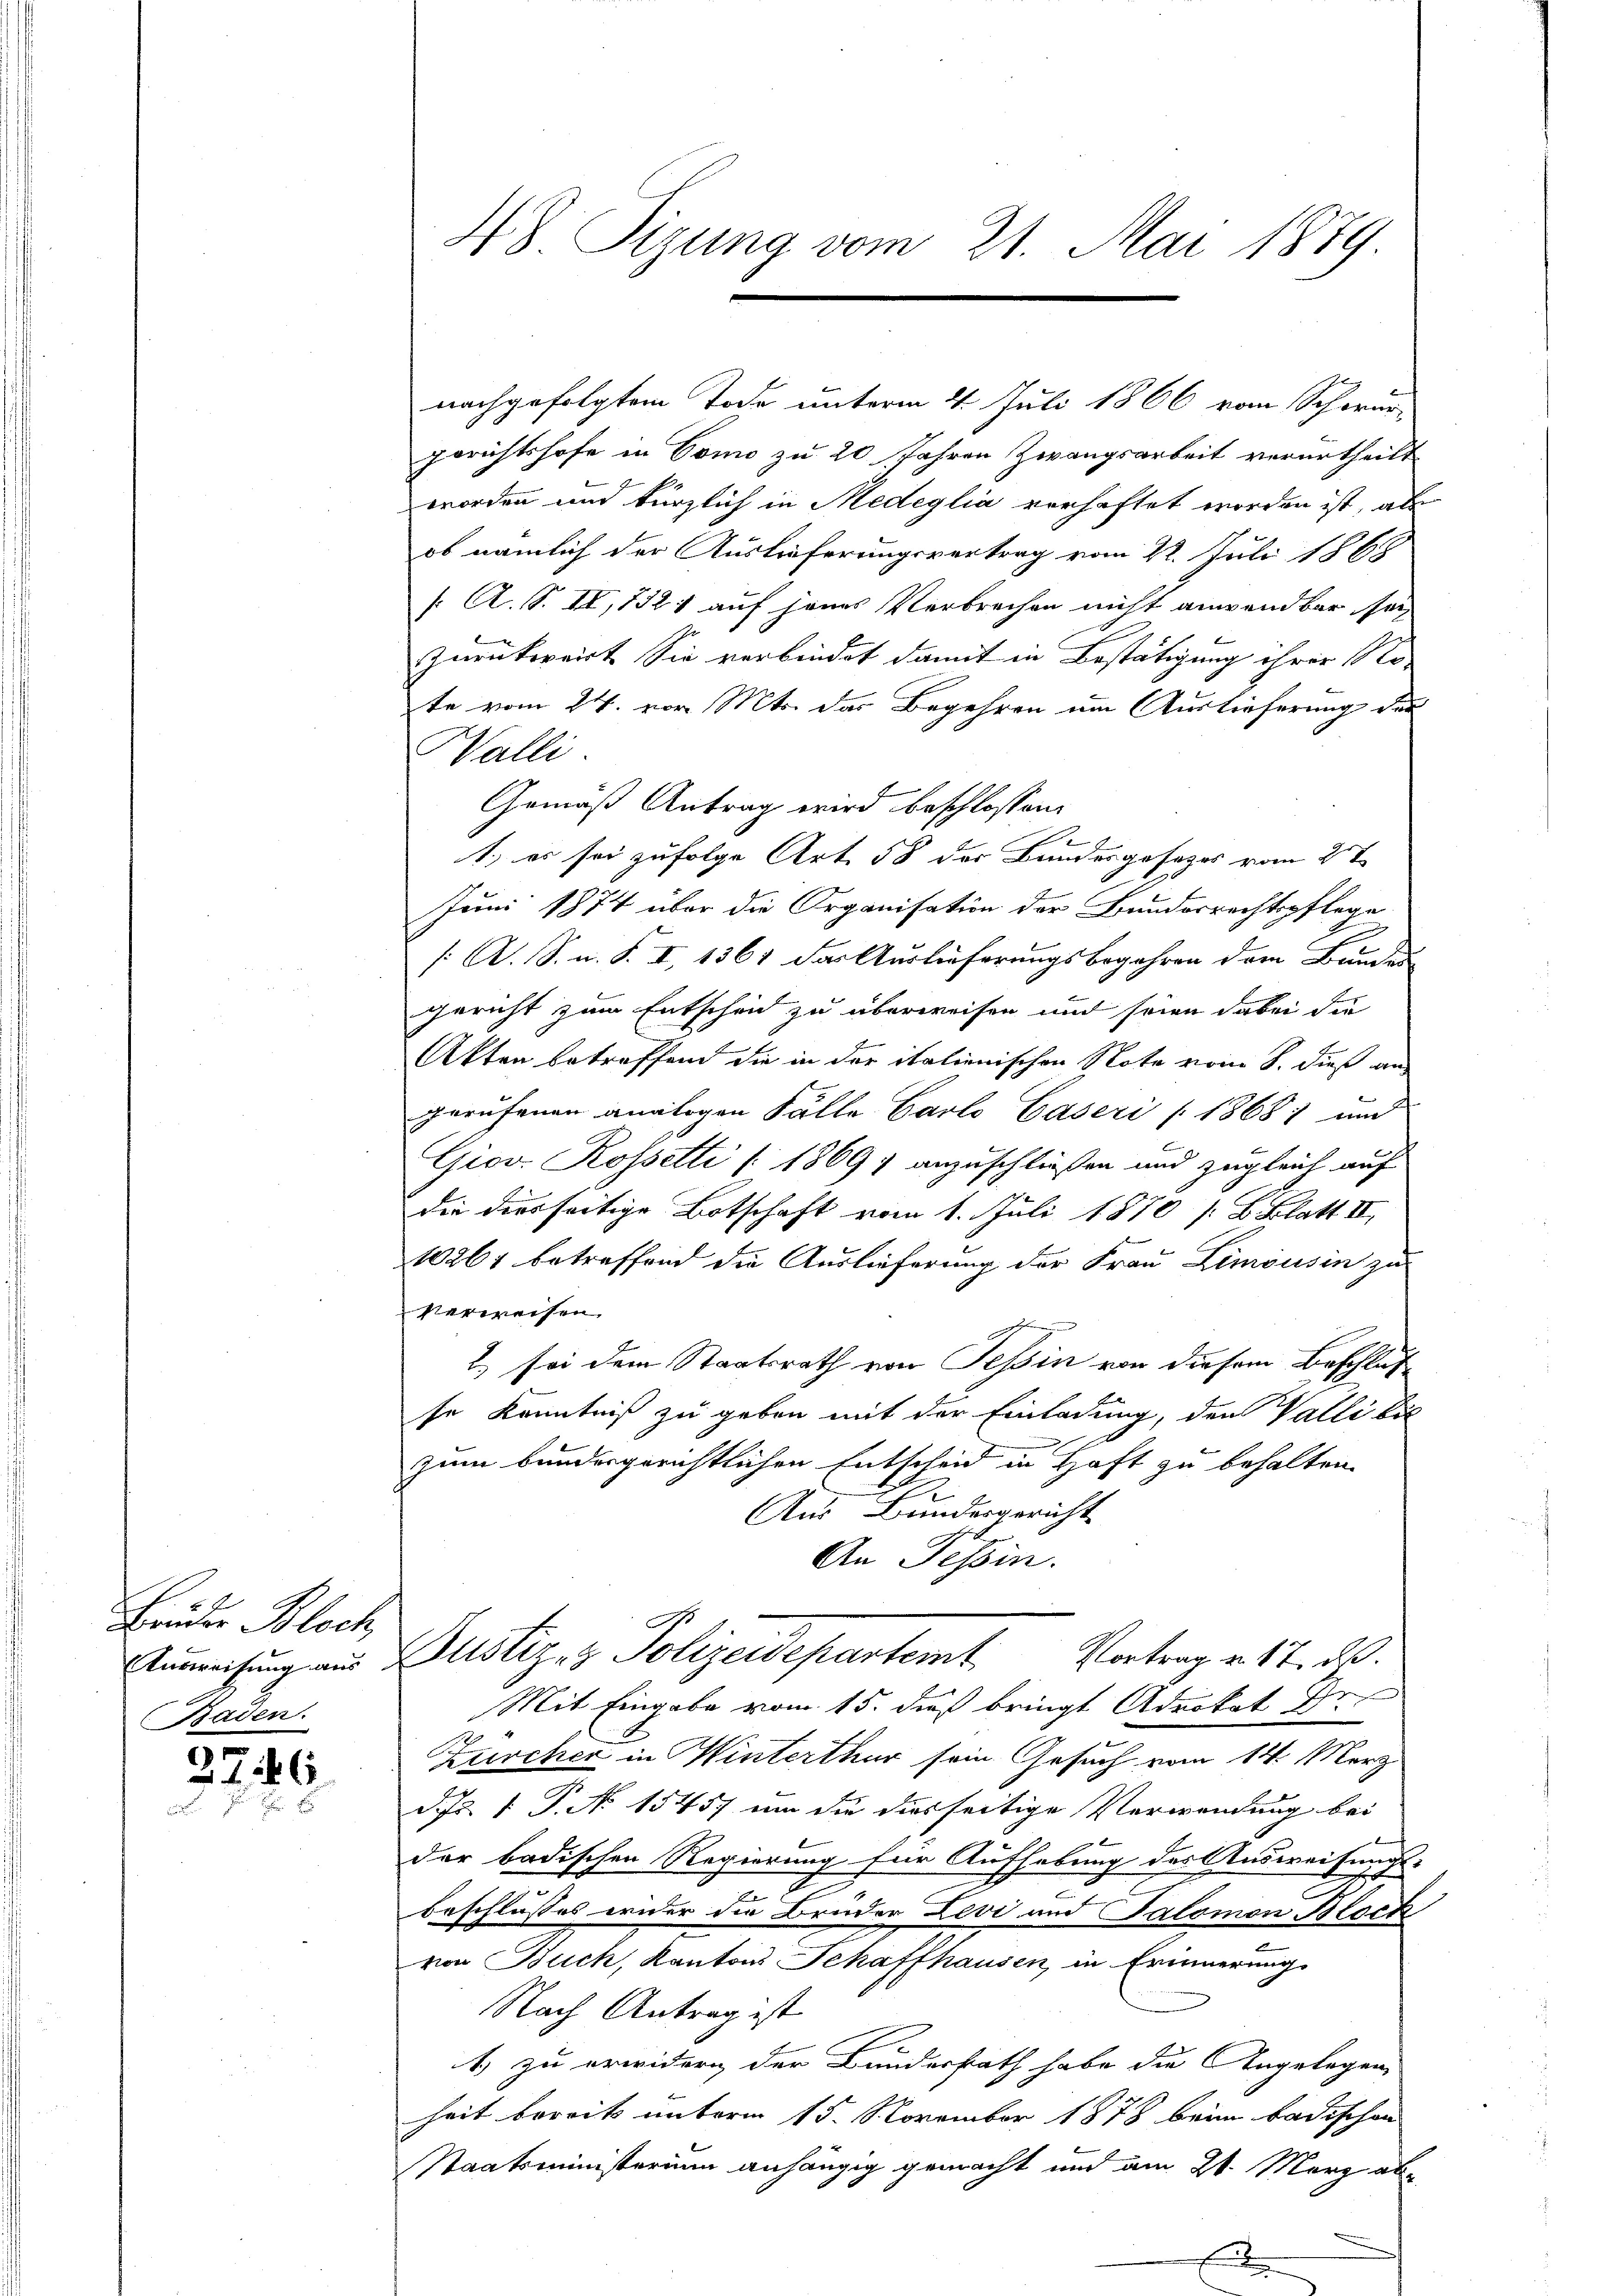
Bruder Bloch,
Baden.

2746.

48 Sizung vom 21. Mai 1879.

nachgefolgtem Tode unterm 4. Juli 1866 vom Schorur-
gerichtshofe in Como zu 20 Jahren Zwangsarbeit verurtheilt
worden und kürzlich in Medeglia verhaftet worden ist, als
ob nämlich der Auslieferungsvertrag vom 22. Juli 1865
/: A. S. II, 732 1 auf jenes Verbrechen nicht anwendbar sei
Zurückweist. Sie verbindet damit in Bestätigung ihrer Sto
te vom 24. vor. Mts. das Begehren um Auslieferung der
Walli.
Gemäß Antrag wird beschlossen:
A
1.) es sei zufolge Art. 58 der Bundesgesezes vom 2t
9
b
Juni 1874 über die Organisation der Bundesrechtspflege
[: A. S. n. F. II, 1367 das Auslieferungsbegehren dem Bundes-
gericht zum Entscheid zu überweisen und seien dabei die
Akten betreffend die in der italienischen Note vom 8. dieß an
gerufenen analogen Fälle Carlo Caseri (18681 und
Giov. Rossetti [1869; anzuschließen und zugleich auf
die diesseitige Botschaft vom 1. Juli 1870 / B. Blatt II
10261 betreffend die Auslieferung der Frau Limousin zu
verweisen,
2) sei dem Staatsrath von Tessin von diesem Beschluß
se Kenntniß zu geben mit der Einladung, den Walli bil
zum bundesgerichtlichen Entscheid in Haft zu behalten.
Aus Bundesgericht
An Tessin.
Ausweisung aus Justiz- & Polizeidepartemt Vortrag v. 17. 2.
Mit Eingabe vom 15. dieß bringt Advokat Dr.
Zürcher in Winterthur sein Gesuch vom 14. März
d. Js. 1 P. N. 15457 um die diesseitige Verwendung bei
der badischen Regierung für Aufhebung des Ausweisungs-
Beschlusses wider die Bruder Levi und Salomon Bloch
von Buch, Kantons Schaffhausen, in Erinnerung
Nach Antrag ist
A
1) zu erwidern der Bunderath habe die Angelegen
heit bereit unterm 15. November 1878 bein badischen
Staatsministerium anhängig gemacht und am 21. März abf